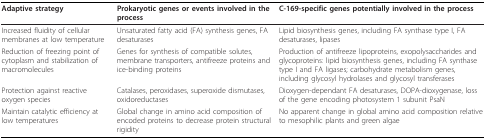
| Adaptive strategy | Prokaryotic genes or events involved in the process | C-169-specific genes potentially involved in the process |
 | --- | --- | --- |
 | Increased fluidity of cellular membranes at low temperature | Unsaturated fatty acid (FA) synthesis genes, FA desaturases | Lipid biosynthesis genes, including FA synthase type I, FA desaturases, lipases |
 | Reduction of freezing point of cytoplasm and stabilization of macromolecules | Genes for synthesis of compatible solutes, membrane transporters, antifreeze proteins and ice-binding proteins | Production of antifreeze lipoproteins, exopolysaccharides and glycoproteins: lipid biosynthesis genes, including FA synthase type I and FA ligases; carbohydrate metabolism genes, including glycosyl hydrolases and glycosyl transferases |
 | Protection against reactive oxygen species | Catalases, peroxidases, superoxide dismutases, oxidoreductases | Dioxygen-dependant FA desaturases, DOPA-dioxygenase, loss of the gene encoding photosystem 1 subunit PsaN |
 | Maintain catalytic efficiency at low temperatures | Global change in amino acid composition of encoded proteins to decrease protein structural rigidity | No apparent change in global amino acid composition relative to mesophilic plants and green algae |